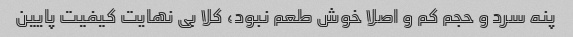
پنه سرد و حجم کم و اصلا خوش طعم نبود، کلا بی نهایت کیفیت پایین